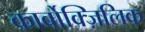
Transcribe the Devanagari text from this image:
कार्बोक्ज़िलिक